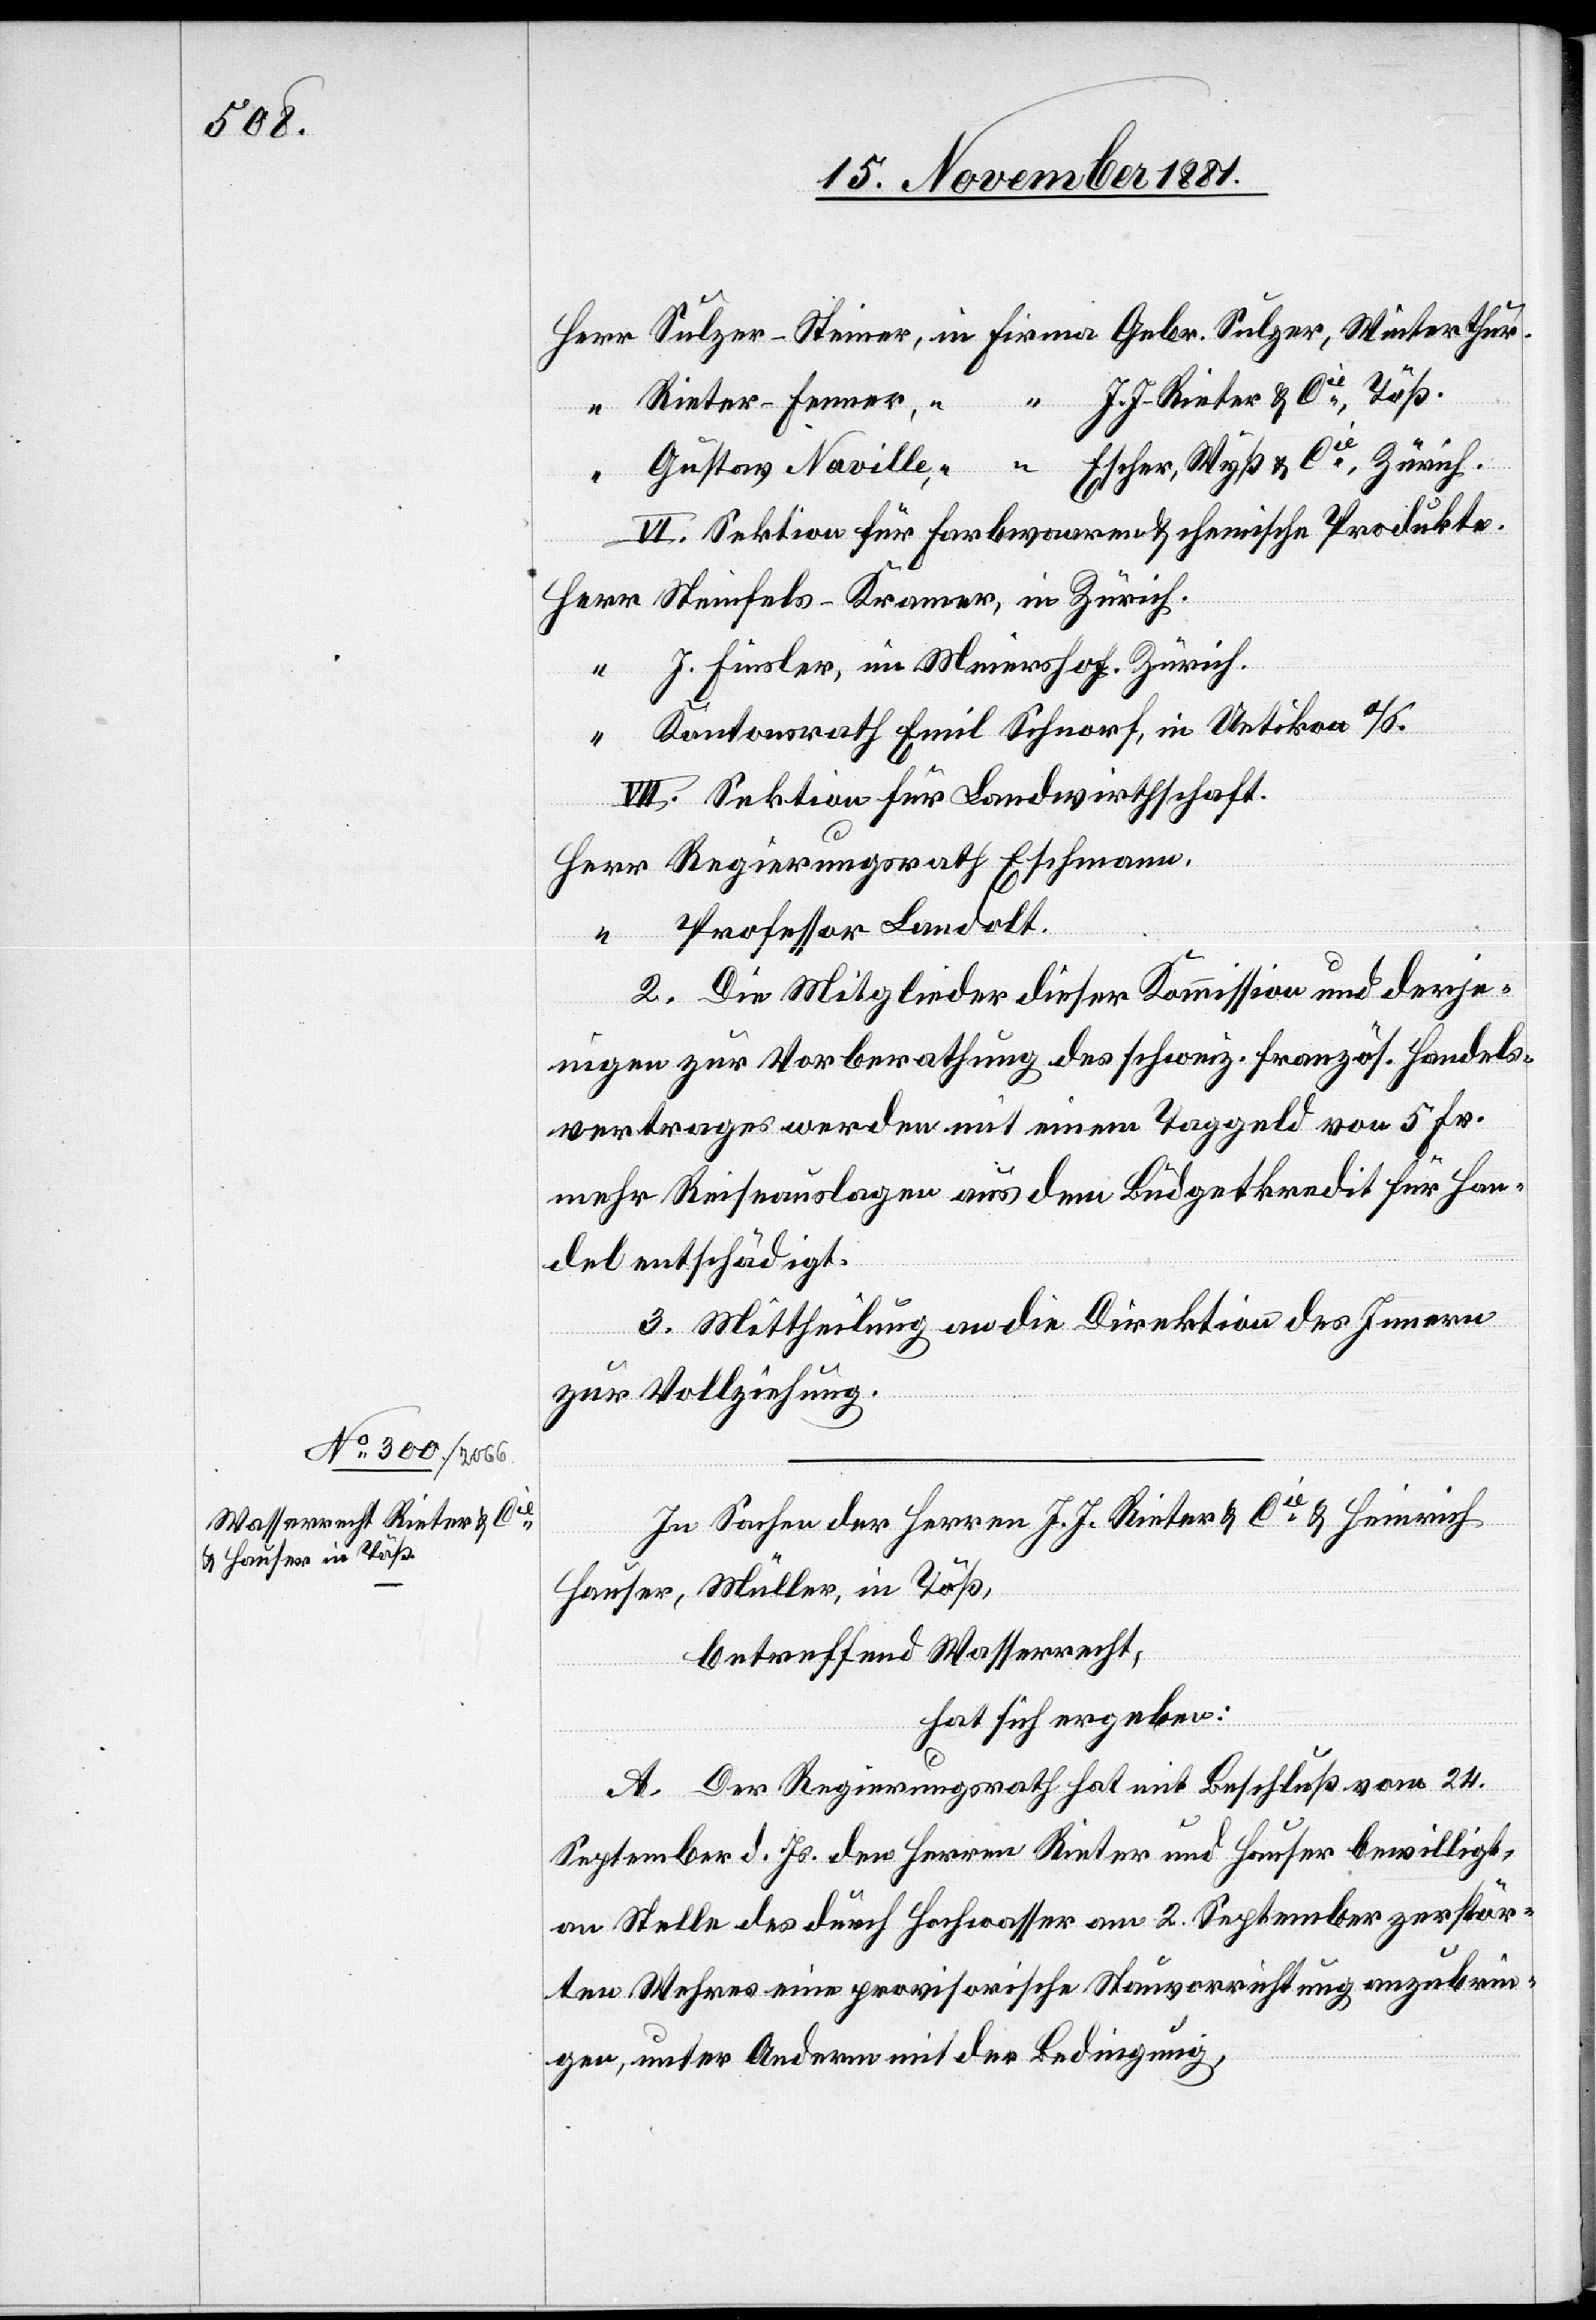
Herr Sulzer-Steiner, in Firma Gebr. Sulzer, Winterthur.
“ Reiter-Fenner, “ “ J. J. Reiter & Cie, Töß.
“ Gustav Naville, “ “ Escher, Wyß & Cie, Zürich.
VI. Sektion für Farbwaaren & chemische Produkte.
Herr Steinfels-Kramer, in Zürich.
“ J. Finsler, im Meiershof. Zürich
“ Kantonsrath Emil Schnorf, in Uetikon a/S.
VII. Sektion für Landwirthschaft.
Herr Regierungsrath Eschmann.
Professor Landolt.
2. Die Mitglieder dieser Kommission und derje¬
nigen zur Vorberathung des schweiz. französ. Handels¬
vertrages werden mit einem Taggeld von 5 Fr.
mehr Reiseauslagen aus dem Büdgetkredit für Han¬
del entschädigt.
3. Mitteilung an die Direktion des Innern
zur Vollziehung.
In Sachen der Herren J. J. Rieter & Cie & Heinrich
Hauser, Müller, in Töß,
betreffend Wasserrecht
hat sich ergeben:
A. Der Regierungsrath hat mit Beschluß vom 24.
September d. Js. den Herren Rieter und Hauser bewilligt
an Stelle des durch Hochwasser am 2. September zerstör¬
ten Wehres eine provisorische Stauvorrichtung anzubrin¬
gen, unter Anderm mit der Bedingung,